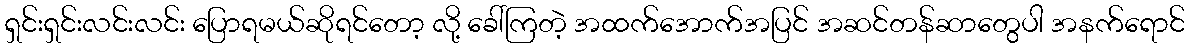
ရှင်းရှင်းလင်းလင်း ပြောရမယ်ဆိုရင်တော့ လို့ ခေါ်ကြတဲ့ အထက်အောက်အပြင် အဆင်တန်ဆာတွေပါ အနက်ရောင်